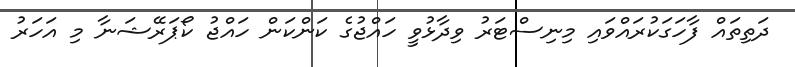
ދަތިތައް ފާހަގަކުރައްވައި މިނިސްޓަރު ވިދާޅުވީ ހައްޖުގެ ކަންކަން ހައްޖު ކޯޕަރޭޝަނާ މި އަހަރު